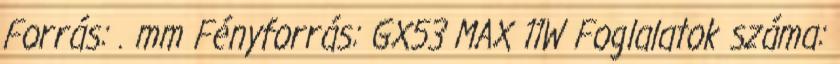
Forrás: . mm Fényforrás: GX53 MAX 11W Foglalatok száma: